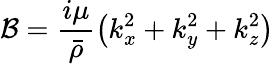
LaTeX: \mathcal{B}=\frac{i\mu}{\bar{\rho}}\left(k_{x}^{2}+k_{y}^{2}+k_{z}^{2}\right)